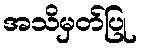
အသိမှတ်ပြု